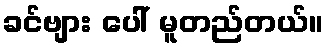
ခင်ဗျား ပေါ် မူတည်တယ်။